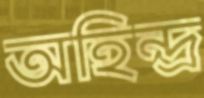
অহিন্দ্র